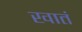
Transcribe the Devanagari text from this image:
खातं